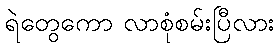
ရဲတွေကော လာစုံစမ်းပြီလား